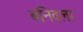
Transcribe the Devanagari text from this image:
बनिवला